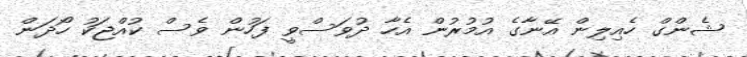
ޝެންގް ހެއިލިން އޭނާގެ އުމުރުން އެހާ ދުވަސްވީ ފަހުން ވެސް ކުއްޖަކު ހޯދަން